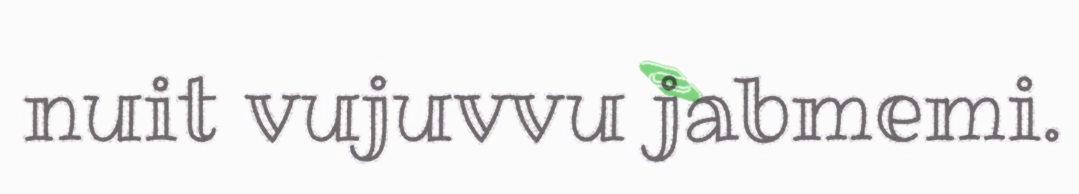
nuit vujuvvu jabmemi.